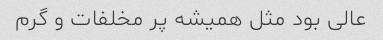
عالی بود مثل همیشه پر مخلفات و گرم